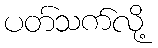
ပတ်သက်လို့